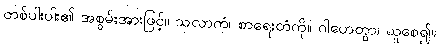
တစ်ပါးပါး၏ အစွမ်းအားဖြင့်။ သလာကံ၊ စာရေးတံကို။ ဂါဟေတွာ၊ ယူစေ၍။